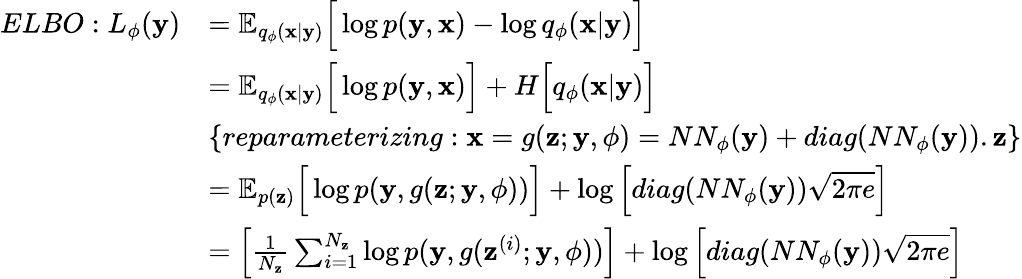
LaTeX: \begin{array}{rl}{ELBO:L_{\phi}(\textbf{y})}&{=\mathbb{E}_{q_{\phi}(\textbf{x}|\textbf{y})}\Big[\log p(\textbf{y},\textbf{x})-\log q_{\phi}(\textbf{x}|\textbf{y})\Big]}\\ &{=\mathbb{E}_{q_{\phi}(\textbf{x}|\textbf{y})}\Big[\log p(\textbf{y},\textbf{x})\Big]+H\Big[q_{\phi}(\textbf{x}|\textbf{y})\Big]}\\ &{\{ reparameterizing:\textbf{x}=g(\textbf{z};\textbf{y},\phi)=NN_{\phi}(\textbf{y})+diag(NN_{\phi}(\textbf{y})).\textbf{z}\} }\\ &{=\mathbb{E}_{p(\textbf{z})}\Big[\log p(\textbf{y},g(\textbf{z};\textbf{y},\phi))\Big]+\log\Big[diag(NN_{\phi}(\textbf{y}))\sqrt{2\pi e}\Big]}\\ &{=\Big[\frac{1}{N_{\textbf{z}}}\sum_{i=1}^{N_{\textbf{z}}}\log p(\textbf{y},g(\textbf{z}^{(i)};\textbf{y},\phi))\Big]+\log\Big[diag(NN_{\phi}(\textbf{y}))\sqrt{2\pi e}\Big]}\end{array}